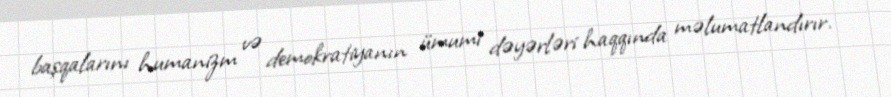
başqalarını humanizm və demokratiyanın ümumi dəyərləri haqqında məlumatlandırır.